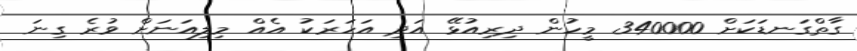
ގާތްގަނޑަކަށް 340000 މީހުން ދިރިއުޅޭ އަދި އަހަރަކު އެއް މިލިއަނަށް ވުރެ ގިނަ